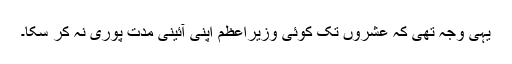
یہی وجہ تھی کہ عشروں تک کوئی وزیراعظم اپنی آئینی مدت پوری نہ کر سکا۔